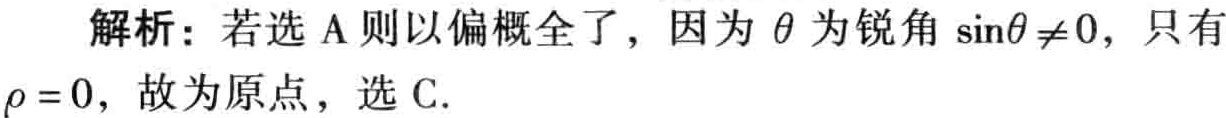
解析：若选 A 则以偏概全了，因为 \(\theta\) 为锐角 \(\sin\theta\neq0\)，只有 \(\rho = 0\)，故为原点，选 C.